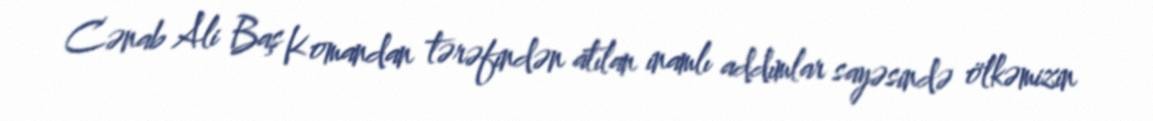
Cənab Ali Baş Komandan tərəfindən atılan inamlı addımlar sayəsində ölkəmizin